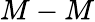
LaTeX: M-M